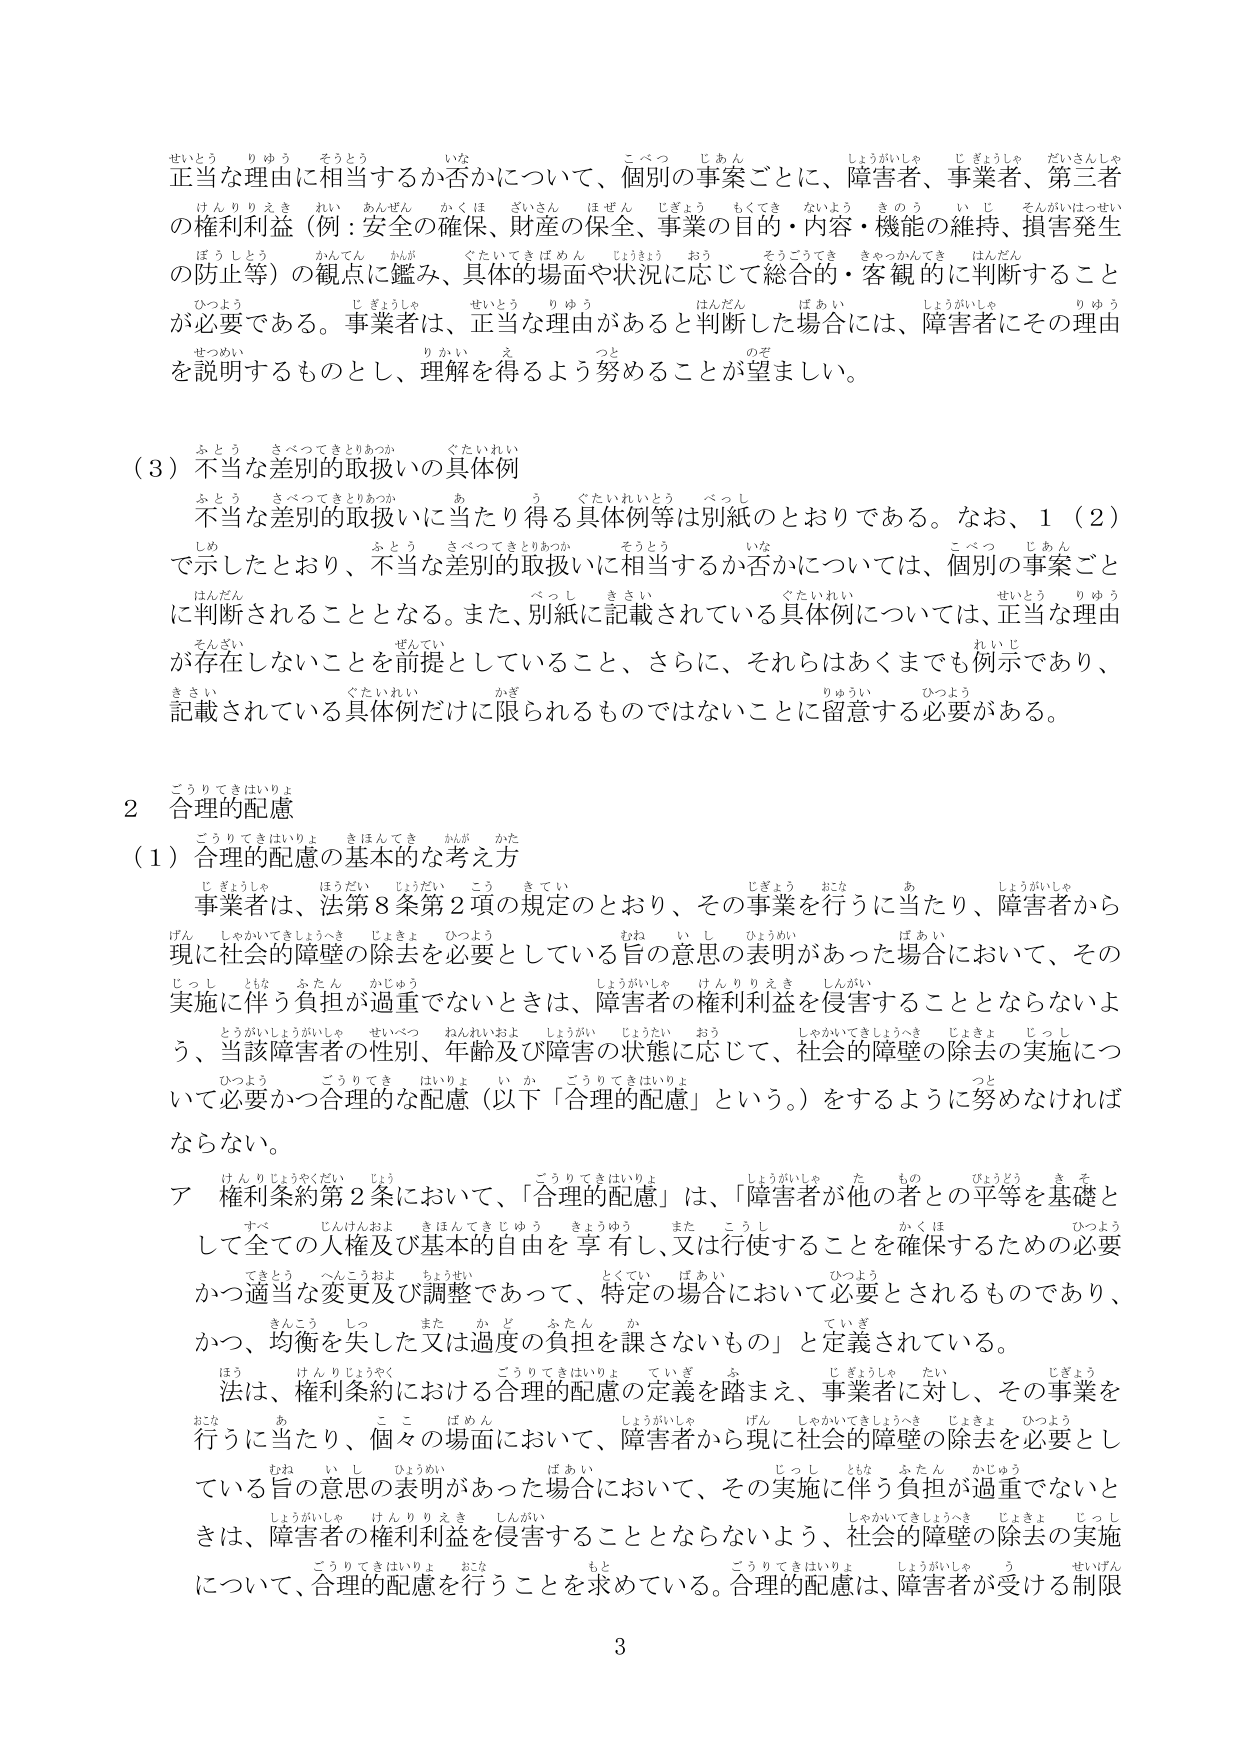
正当な理由に相当するか否かについて、個別の事案ごとに、障害者、事業者、第三者の権利利益（例：安全の確保、財産の保全、事業の目的・内容・機能の維持、損害発生の防止等）の観点に鑑み、具体的場面や状況に応じて総合的・客観的に判断することが必要である。事業者に、正当な理由があると判断した場合には、障害者にその理由を説明するものとし、理解を得るよう努めることが望ましい。

（３）不当な差別的扱いの具体例
不当な差別的扱いに当たり得る具体例等は別紙のとおりである。なお、１（２）で示したとおり、不当な差別的扱いに相当するか否かについては、個別の事案ごとに判断されることとなる。また、別紙に記載されている具体例については、正当な理由が存在しないことを前提としていること、さらに、それらはあくまでも例示であり、記載されている具体例だけに限られるものではないことに留意する必要がある。

２ 合理的配慮
（１）合理的配慮の基本的な考え方
事業者は、法第８条第２項の規定のとおり、その事業を行うに当たり、障害者から現に社会的障壁の除去を必要としている旨の意思の表明があった場合において、その実施に伴う負担が過重でないときは、障害者の権利利益を侵害することとならないよう、当該障害者の性別、年齢及び障害の状態に応じて、社会的障壁の除去の実施について必要かつ合理的な配慮（以下「合理的配慮」という。）をするように努めなければならない。

ア 権利条約第２条において、「合理的配慮」は、「障害者が他の者との平等を基礎として全ての人権及び基本的自由を享有し、又は行使することを確保するための必要かつ適当な変更及び調整であって、特定の場合において必要とされるものであり、かつ、均衡を失した又は過度の負担を課さないもの」と定義されている。
法は、権利条約における合理的配慮の定義を踏まえ、事業者に対し、その事業を行うに当たり、個々の場面において、障害者から現に社会的障壁の除去を必要としている旨の意思の表明があった場合において、その実施に伴う負担が過重でないときは、障害者の権利利益を侵害することとならないよう、社会的障壁の除去の実施について、合理的配慮を行うことを求めている。合理的配慮は、障害者が受ける制限

3